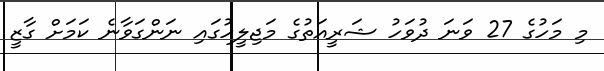
މި މަހުގެ 27 ވަނަ ދުވަހު ޝަރީއަތުގެ މަޖިލީހުގައި ނަންގަވާނެ ކަމަށް ގާޒީ